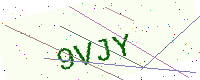
Text: 9VJY